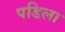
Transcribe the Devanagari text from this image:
पडिला